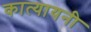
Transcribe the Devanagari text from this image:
कात्‍यायनी